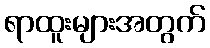
ရာထူးများအတွက်